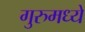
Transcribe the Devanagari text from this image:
गुरुमध्ये